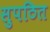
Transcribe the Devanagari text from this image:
सुपठित